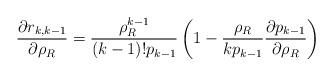
LaTeX: \begin{align*}\frac{\partial r_{k,k-1}}{\partial \rho_R} = \frac{\rho_R^{k-1}}{(k-1)!p_{k-1}} \left( 1 - \frac{\rho_R}{kp_{k-1}}\frac{\partial p_{k-1}}{\partial \rho_R} \right) \end{align*}